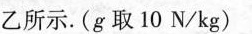
乙所示。(g取10N/kg)